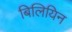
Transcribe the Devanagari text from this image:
बिलियिन